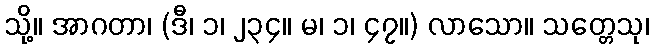
သို့။ အာဂတာ၊ (ဒီ၊ ၁၊ ၂၃၄။ မ၊ ၁၊ ၄၇။) လာသော။ သတ္တေသု၊